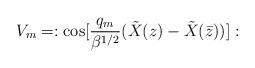
LaTeX: \begin{align*}V_m = : {\rm cos} [{q_m \over \beta^{1/2}}({\tilde X}(z) - {\tilde X}({\bar z}))]:\end{align*}